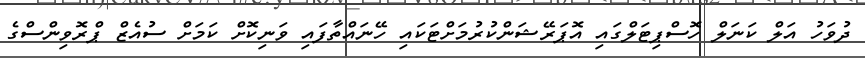
ދުވަހު އަލް ކަނަލް ހޮސްޕިޓަލްގައި އޮޕަރޭޝަންކުރުމަށްޓަކައި ހޭނައްތާފައި ވަނިކޮށް ކަމަށް ސުއެޒް ޕްރޮވިންސްގެ